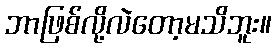
ဘာဖြစ်လို့လဲတော့မသိဘူး။